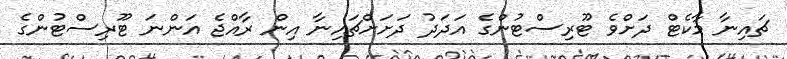
ޗައިނާ މާކެޓް ދަށްވެ ޓޫރިސްޓުންގެ އަދަދު ދަށަށްޗައިނާ އިން ރާއްޖެ އަންނަ ޓޫރިސްޓުންގެ